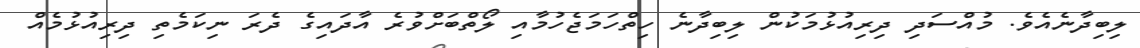
ލިބިދާނެއެވެ. މުއްސަދި ދިރިއުޅުމަކުން ލިބިދާނެ ހިތްހަމަޖެހުމާއި ލޯތްބަށްވުރެ އާދައިގެ ދެރަ ނިކަމެތި ދިރިއުޅުމެއް